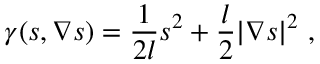
\gamma ( s , \nabla s ) = \frac { 1 } { 2 l } s ^ { 2 } + \frac { l } { 2 } | \nabla s | ^ { 2 } \ ,